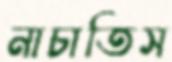
নাচাতিস